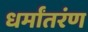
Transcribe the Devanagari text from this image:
धर्मांतरंण